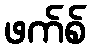
ဖက်စ်